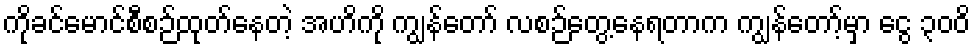
ကိုခင်မောင်စီစဉ်ထုတ်နေတဲ့ အဟိကို ကျွန်တော် လစဉ်တွေ့နေရတာက ကျွန်တော့်မှာ ငွေ ၃၀၀ိ